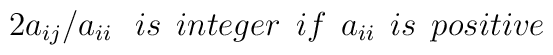
2a_{ij}/a_{ii} \:\:\: is \:\: integer \:\: if \:\: a_{ii}\:\: is \:\:  positive